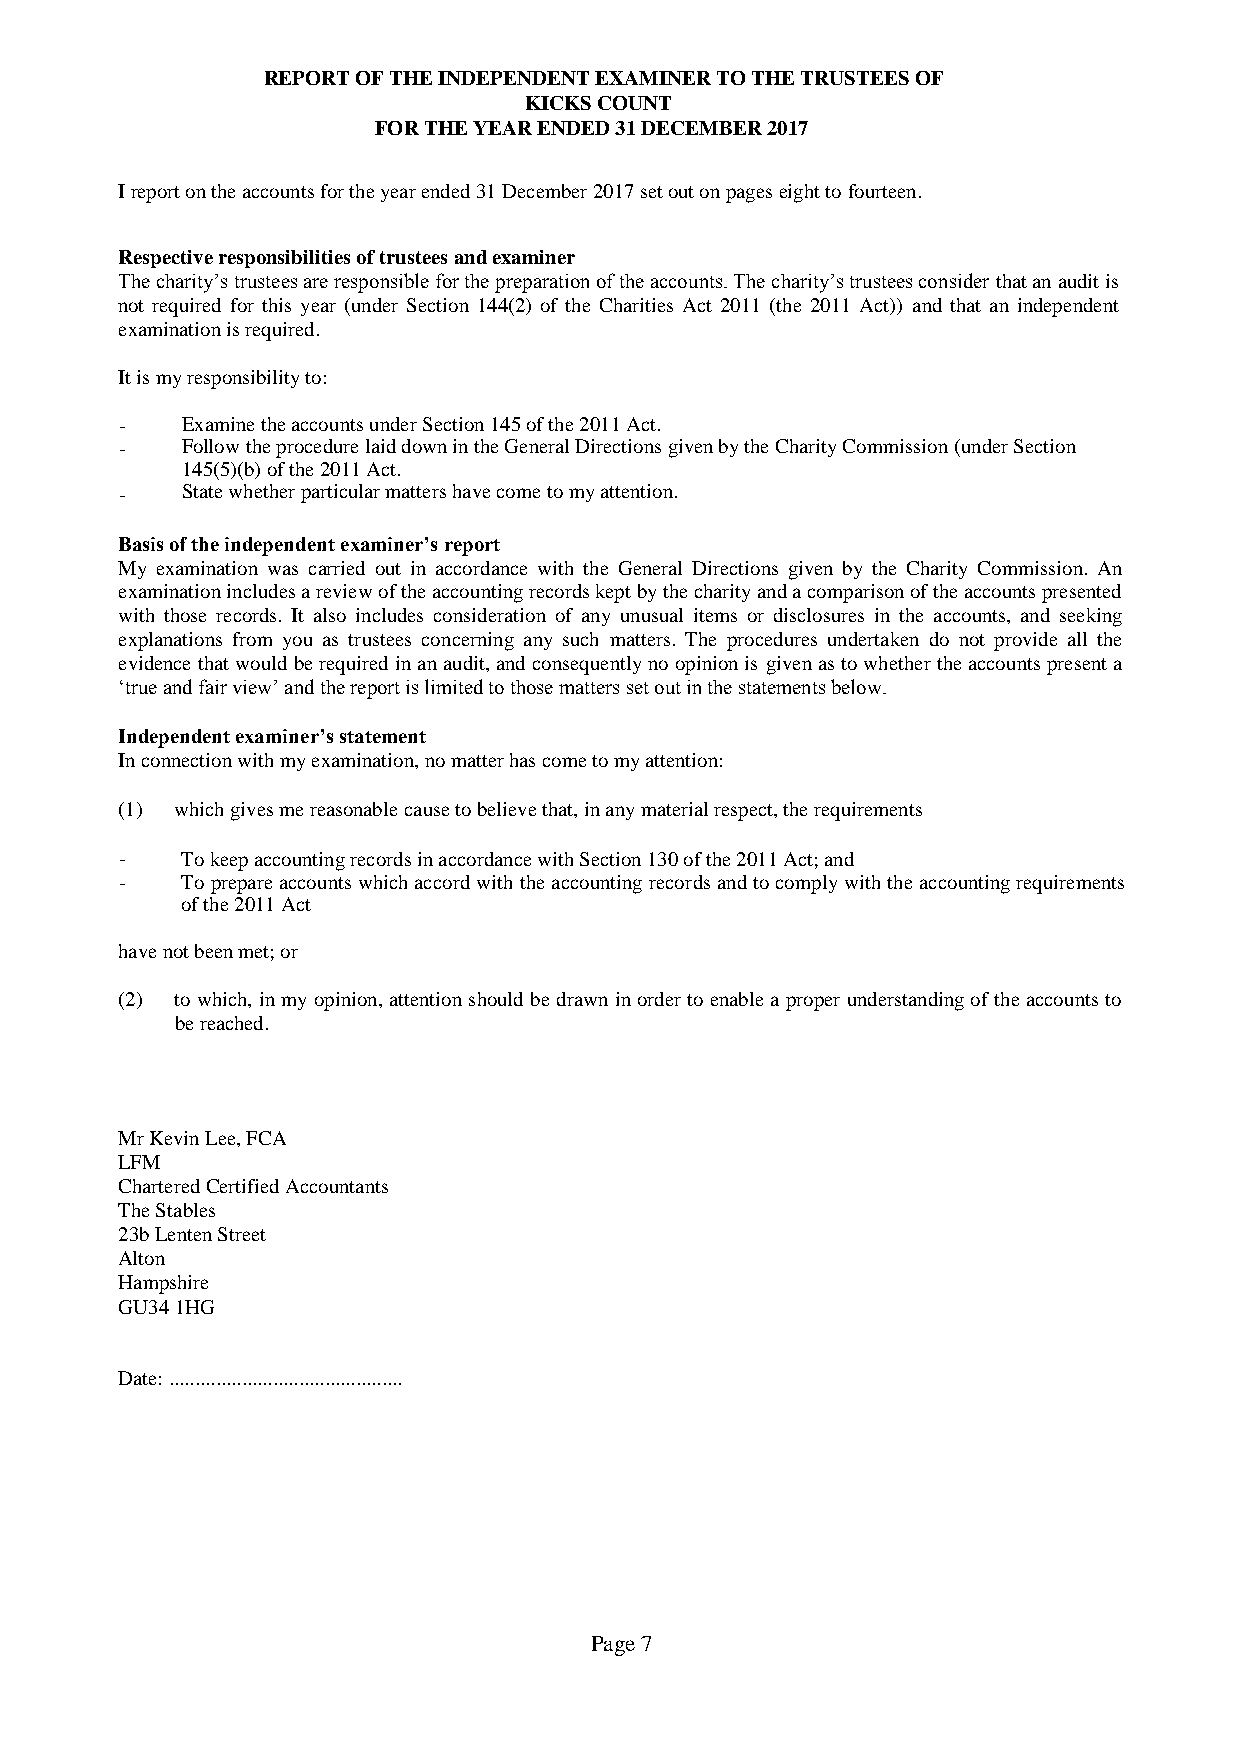
REPORT OF THE INDEPENDENT EXAMINER TO THE TRUSTEES OF
 KICKS COUNT
 FOR THE YEAR ENDED 31 DECEMBER 2017
 I report on the accounts for the year ended 31 December 2017 set out on pages eight to fourteen.
 Respective responsibilities of trustees and examiner
 The charity’s trustees are responsible for the preparation of the accounts. The charity’s trustees consider that an audit is
 not required for this year (under Section 144(2) of the Charities Act 2011 (the 2011 Act)) and that an independent
 examination is required.
 It is my responsibility to:
 -   Examine the accounts under Section 145 of the 2011 Act.
 -   Follow the procedure laid down in the General Directions given by the Charity Commission (under Section
 145(5)(b) of the 2011 Act.
 -   State whether particular matters have come to my attention.
 Basis of the independent examiner’s report
 My examination was carried out in accordance with the General Directions given by the Charity Commission. An
 examination includes a review of the accounting records kept by the charity and a comparison of the accounts presented
 with those records. It also includes consideration of any unusual items or disclosures in the accounts, and seeking
 explanations from you as trustees concerning any such matters. The procedures undertaken do not provide all the
 evidence that would be required in an audit, and consequently no opinion is given as to whether the accounts present a
 ‘true and fair view’ and the report is limited to those matters set out in the statements below.
 Independent examiner’s statement
 In connection with my examination, no matter has come to my attention:
 (1) which gives me reasonable cause to believe that, in any material respect, the requirements
 -   To keep accounting records in accordance with Section 130 of the 2011 Act; and
 -   To prepare accounts which accord with the accounting records and to comply with the accounting requirements
 of the 2011 Act
 have not been met; or
 (2) to which, in my opinion, attention should be drawn in order to enable a proper understanding of the accounts to
 be reached.
 Mr Kevin Lee, FCA
 LFM
 Chartered Certified Accountants
 The Stables
 23b Lenten Street
 Alton
 Hampshire
 GU34 1HG
 Date: .............................................
 Page 7